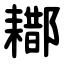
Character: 䣢